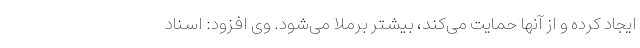
ایجاد کرده و از آنها حمایت می‌کند، بیشتر برملا می‌شود. وی افزود: اسناد